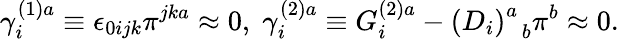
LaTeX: \gamma_{i}^{(1)a}\equiv\epsilon_{0ijk}\pi^{jka}\approx 0,\; \gamma_{i}^{(2)a}\equiv G_{i}^{(2)a}-\left(D_{i}\right)_{\; \; b}^{a}\pi^{b}\approx 0.